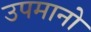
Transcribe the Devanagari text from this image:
उपमानो